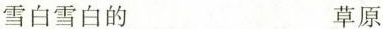
雪白雪白的 草原